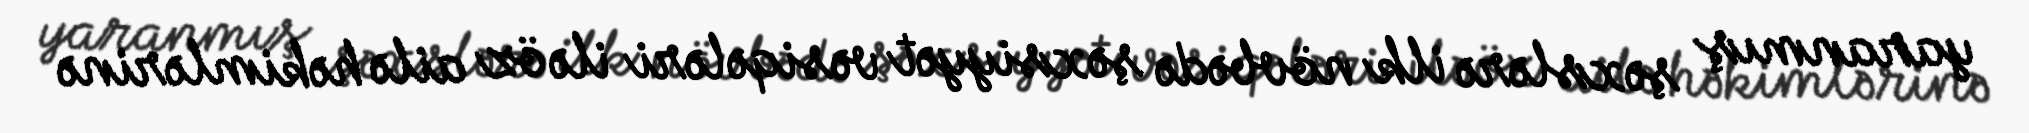
yaranmış şəxslərə ilk növbədə şəxsiyyət vəsiqələri ilə öz ailə həkimlərinə